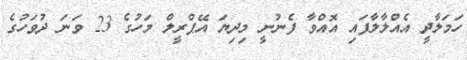
ހަމަލާދީ އެއްލާލާފައި އޮއްވާ ފެނުނީ މިދިޔަ އޭޕްރީލް މަހުގެ 23 ވަނަ ދުވަހުގެ